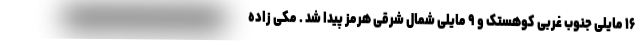
۱۶ مایلی جنوب غربی کوهستک و ۹ مایلی شمال شرقی هرمز پیدا شد . مکی زاده